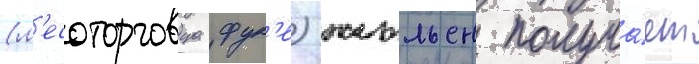
(л'есоторговца фук'е) жюльен получа́ет